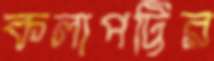
কলাপট্টির